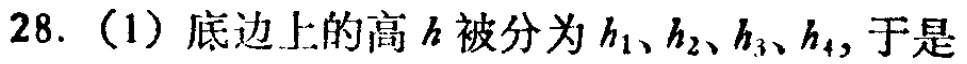
28.（1）底边上的高\(h\)被分为\(h_1、h_2、h_3、h_4\)，于是